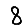
Digit: 8